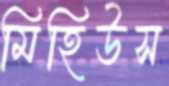
মিহিউস